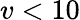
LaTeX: v<10